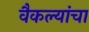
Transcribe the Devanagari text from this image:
वैकल्यांचा